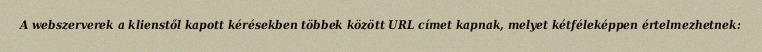
A webszerverek a klienstől kapott kérésekben többek között URL címet kapnak, melyet kétféleképpen értelmezhetnek: